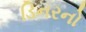
ડિનરનો